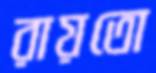
রায়তো